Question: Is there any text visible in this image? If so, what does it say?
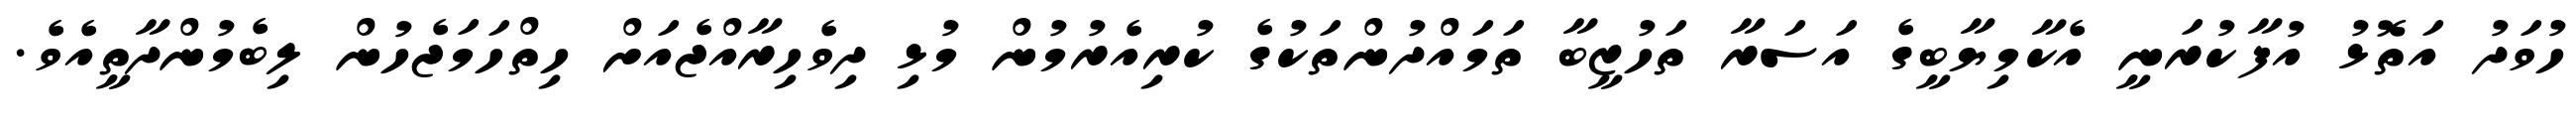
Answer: ހުވަދު އަތޮޅު އުފާކުރަނީ އެކާމިޔާބީގެ އަސަރާ ތަހުޒީބާ ތަމައްދުންތަކުގެ ކުރިއެރުމުން މުޅި ދިވެހިރާއްޖެއަށް ހިތްހަމަޖެހުން ލިބެމުންދާތީއެވެ.